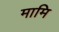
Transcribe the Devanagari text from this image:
मामि